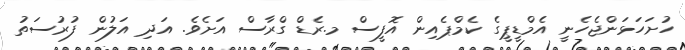
ހުށަހަޅަންޖެހެނީ އެމްޑީޕީގެ ކެމްޕެއިން އޮފީސް މ.ރެޑް ގްރާސް އަށެވެ. އަދި އަލުން ފުރުސަތު